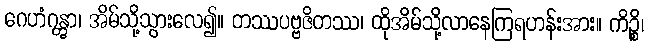
ဂေဟံဂန္တွာ၊ အိမ်သို့သွားလေ၍။ တဿပဗ္ဗဇိတဿ၊ ထိုအိမ်သို့လာနေကြရဟန်းအား။ ကိဉ္စိ၊